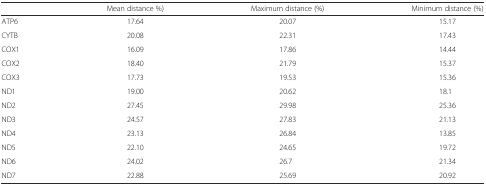
|  | Mean distance %) | Maximum distance (%) | Minimum distance (%) |
 | --- | --- | --- | --- |
 | ATP6 | 17.64 | 20.07 | 15.17 |
 | CYTB | 20.08 | 22.31 | 17.43 |
 | COX1 | 16.09 | 17.86 | 14.44 |
 | COX2 | 18.40 | 21.79 | 15.37 |
 | COX3 | 17.73 | 19.53 | 15.36 |
 | ND1 | 19.00 | 20.62 | 18.1 |
 | ND2 | 27.45 | 29.98 | 25.36 |
 | ND3 | 24.57 | 27.83 | 21.13 |
 | ND4 | 23.13 | 26.84 | 13.85 |
 | ND5 | 22.10 | 24.65 | 19.72 |
 | ND6 | 24.02 | 26.7 | 21.34 |
 | ND7 | 22.88 | 25.69 | 20.92 |